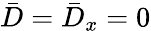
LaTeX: \bar{D}=\bar{D}_{x}=0